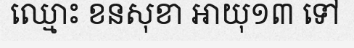
ឈ្មោះ ខនសុខា អាយុ១៣ ទៅ